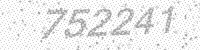
Solution: 752241